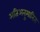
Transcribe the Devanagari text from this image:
अतिअनुमानित